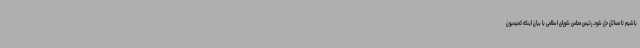
باشیم تا مسائل حل شود. رئیس مجلس شورای اسلامی با بیان اینکه کمیسیون